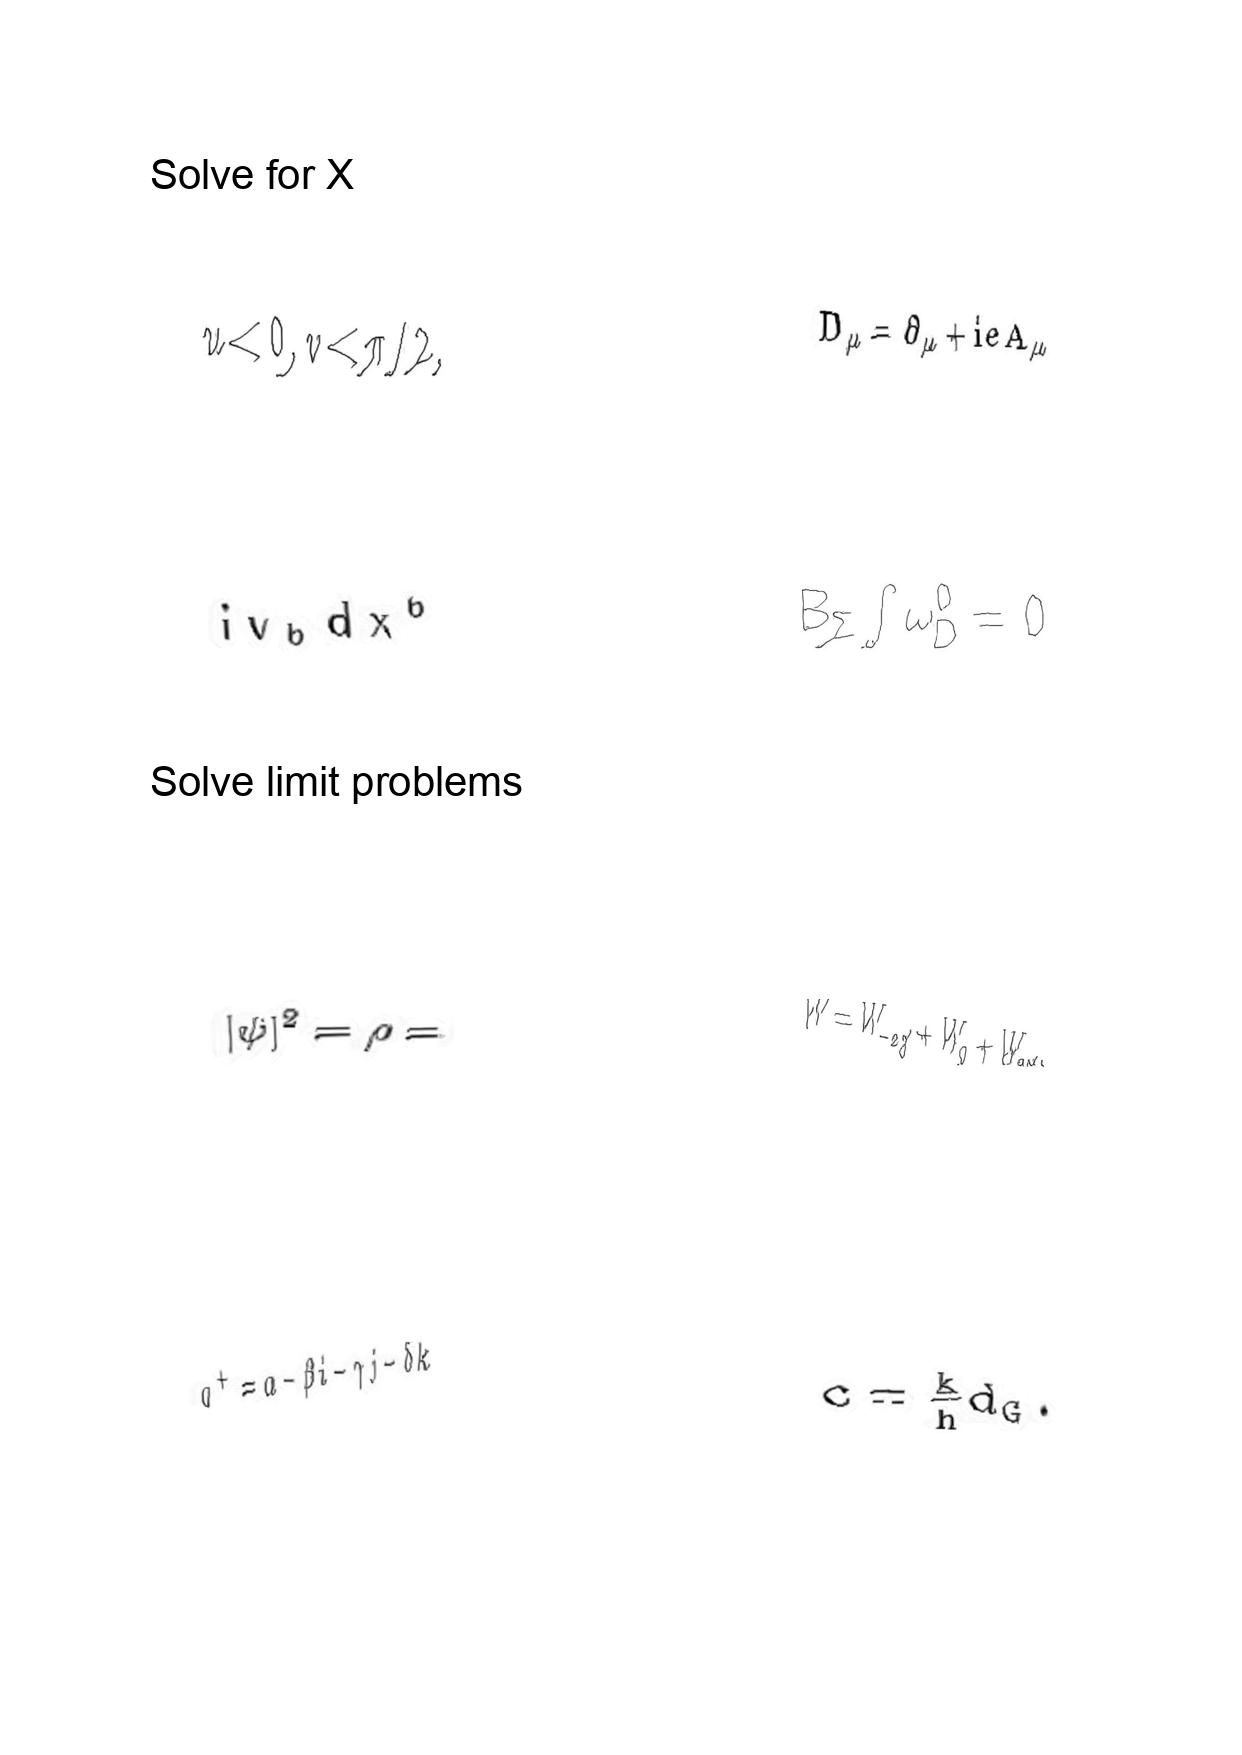
LaTeX transcription:
u \lt 0 , v \lt \pi / 2 ,
i v _ { b } d x ^ { b }
\vert \psi \vert ^ { 2 } = \rho =
q ^ { + } = \alpha - \beta i - \gamma j - \delta k
D _ { \mu } = \partial _ { \mu } + i e A _ { \mu }
B _ { \Sigma } \int \omega _ { D } ^ { 0 } = 0
W = W _ { - 2 / 3 } + W _ { 0 } + W _ { 2 / 3 } ,
c = \frac { k } { h } d _ { G } .